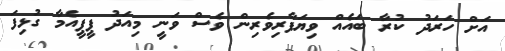
އަށް ހަރަދު ކުރާ ބައެއް ވިޔަފާރިވެރިން ވެސް ވަނީ މިއަދު ޕީޕީއެމާ ގުޅިފަ